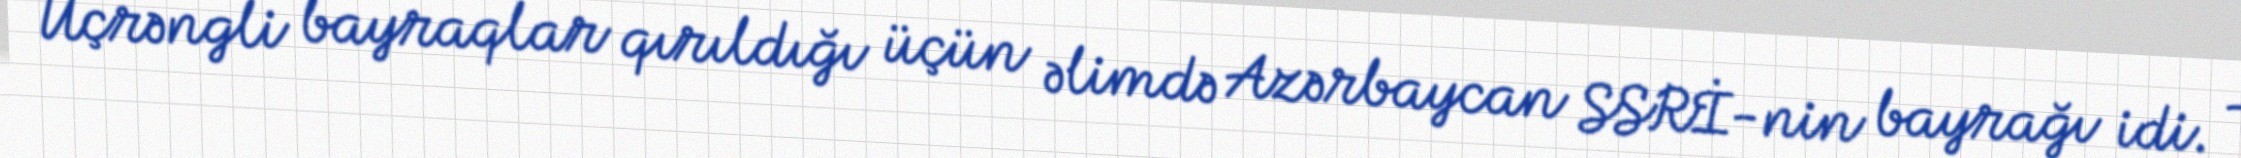
Üçrəngli bayraqlar qırıldığı üçün əlimdə Azərbaycan SSRİ-nin bayrağı idi. -